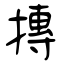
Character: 摶